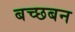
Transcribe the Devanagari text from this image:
बच्छबन